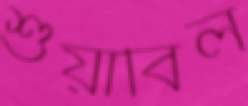
শুয়াবিল